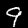
Digit: 9